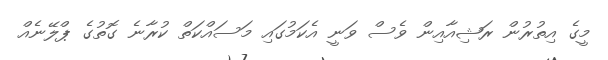
މީގެ އިތުރުން ރަޝިއާއިން ވެސް ވަނީ އެކަމުގައި މަސައްކަތް ކުރާނެ ގޮތުގެ ޕްލޭނެއް